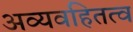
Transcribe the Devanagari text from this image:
अव्यवहितत्व